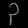
Digit: ၃